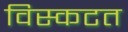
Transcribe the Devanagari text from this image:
विस्कटत